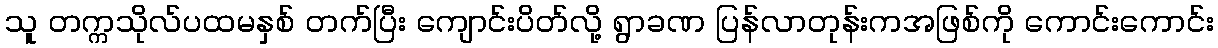
သူ တက္ကသိုလ်ပထမနှစ် တက်ပြီး ကျောင်းပိတ်လို့ ရွာခဏ ပြန်လာတုန်းကအဖြစ်ကို ကောင်းကောင်း